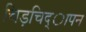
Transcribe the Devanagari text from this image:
चिड़चिद्ापन